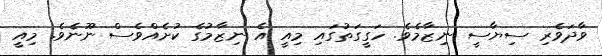
ވާދަވެރި ސިޔާސީ ނިޒާމެވެ. ހަގީގަތުގައި މިއީ އެ ނިޒާމުގެ ކުށެއްވެސް ނޫނެވެ. މިއީ